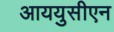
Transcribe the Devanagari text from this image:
आययुसीएन